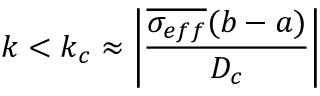
k < k _ { c } \approx \left| \frac { \overline { { \sigma _ { e f f } } } ( b - a ) } { D _ { c } } \right|